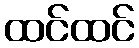
ထင်ထင်